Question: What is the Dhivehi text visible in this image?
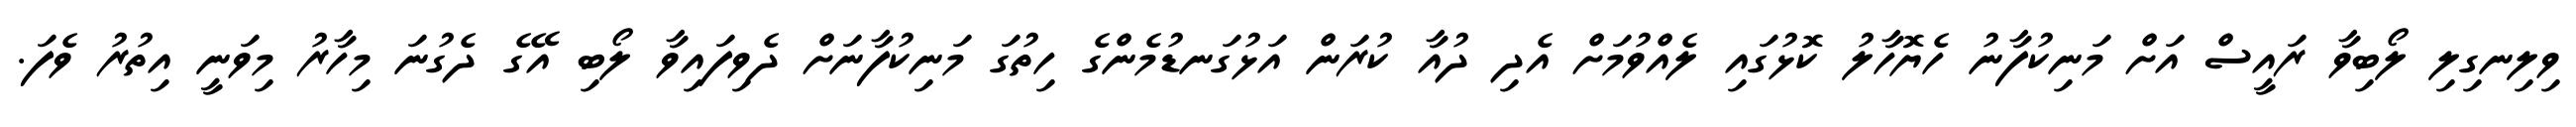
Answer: ވިލިނގިލި ލޯބިވާ ރައީސް އަށް މަނިކުފާނު ހެޔޮހާލު ކޮޅުގައި ލެއްވުމަށް އެދި ދުއާ ކުރަން އަޅުގަނޑުމެންގެ ހިތުގަ މަނިކުފާނަށް ދެވިފައިވާ ލޯބި އޭގެ ދެގުނަ މިހާރު މިވަނީ އިތުރު ވެފަ.